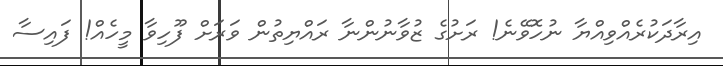
އިރާދަކުރެއްވިއްޔާ ނުހޮވޭނެ! ރަށުގެ ޒުވާނުންނާ ރައްޔިތުން ވަރަށް ފޫހިވާ މީހެއް! ފައިސާ